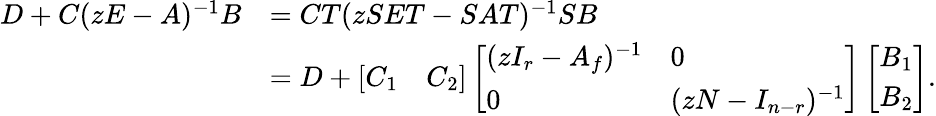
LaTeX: \begin{array}{rl}{D+C(zE-A)^{-1}B}&{=CT(zSET-SAT)^{-1}SB}\\ &{=D+\left[\begin{array}{ll}{C_{1}}&{C_{2}}\end{array}\right]\left[\begin{array}{ll}{(zI_{r}-A_{f})^{-1}}&{0}\\ {0}&{(zN-I_{n-r})^{-1}}\end{array}\right]\left[\begin{array}{l}{B_{1}}\\ {B_{2}}\end{array}\right].}\end{array}